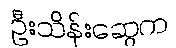
ဦးသိန်းဆွေက